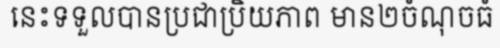
នេះទទួលបានប្រជាប្រិយភាព មាន២ចំណុចធំ